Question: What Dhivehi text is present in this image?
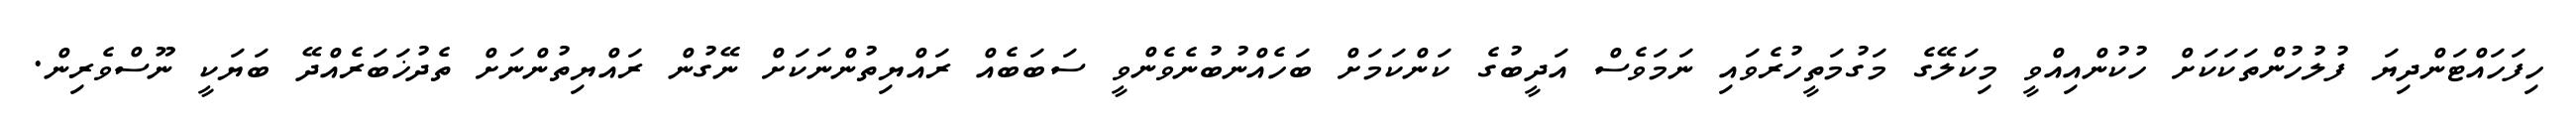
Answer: ހިފަހައްޓަންދިޔަ ފުލުހުންތަކަކަށް ހުކުންއިއްވީ މިކަލޭގެ މަގުމަތީހުރެވައި ނަމަވެސް އަދީބުގެ ކަންކަމަށް ބަހެއްނުބުނެވެންވީ ސަބަބެއް ރައްޔިތުންނަކަށް ނޭގުން ރައްޔިތުންނަށް ތެދުޚަބަރެއްދޭ ބަޔަކީ ނޫސްވެރިން.